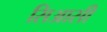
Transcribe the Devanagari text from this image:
सिआसी